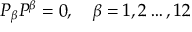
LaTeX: P _ { \beta } P ^ { \beta } = 0 , \quad \beta = 1 , 2 \dots , 1 2